Indian journal of veterinary science and animal husbandry - Volume 13,
Year: 1943
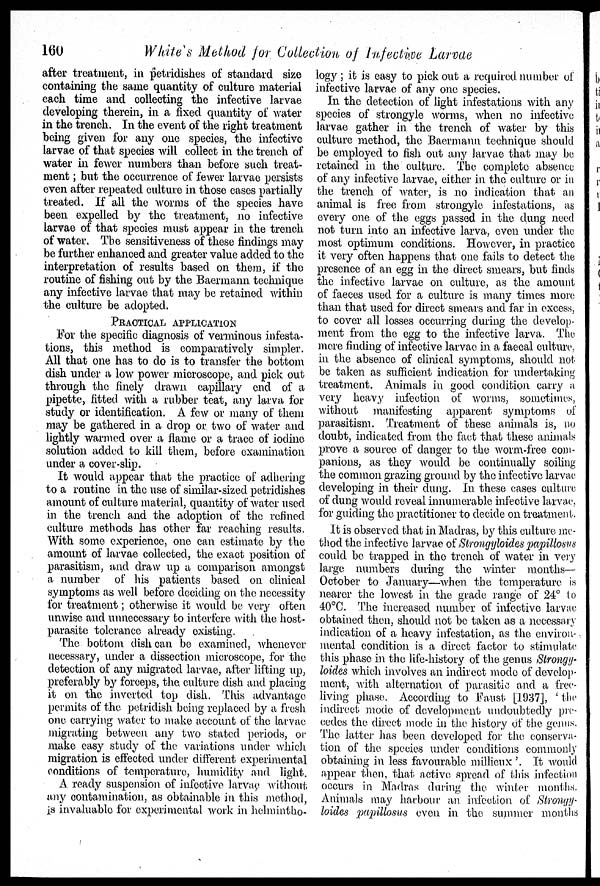
160
White's Method for Collection of Infective Larvae
after treatment, in petridishes of standard size
containing the same quantity of culture material
each time and collecting the infective larvae
developing therein, in a fixed quantity of water
in the trench. In the event of the right treatment
being given for any one species, the infective
larvae of that species will collect in the trench of
water in fewer numbers than before such treat-
ment ; but the occurrence of fewer larvae persists
even after repeated culture in those cases partially
treated. If all the worms of the species have
been expelled by the treatment, no infective
larvae of that species must appear in the trench
of water. The sensitiveness of these findings may
be further enhanced and greater value added to the
interpretation of results based on them, if the
routine of fishing out by the Baermann technique
any infective larvae that may be retained within
the culture be adopted.
PRACTICAL APPLICATION
For the specific diagnosis of verminous infesta-
tions, this method is comparatively simpler.
All that one has to do is to transfer the bottom
dish under a low power microscope, and pick out
through the finely drawn capillary end of a
pipette, fitted with a rubber teat, any larva for
study or identification. A few or many of them
may be gathered in a drop or two of water and
lightly warmed over a flame or a trace of iodine
solution added to kill them, before examination
under a cover-slip.
It would appear that the practice of adhering
to a routine in the use of similar-sized petridishes
amount of culture material, quantity of water used
in the trench and the adoption of the refined
culture methods has other far reaching results.
With some experience, one can estimate by the
amount of larvae collected, the exact position of
parasitism, and draw up a comparison amongst
a number of his patients based on clinical
symptoms as well before deciding on the necessity
for treatment ; otherwise it would be very often
unwise and unnecessary to interfere with the host-
parasite tolerance already existing.
The bottom dish can be examined, whenever
necessary, under a dissection microscope, for the
detection of any migrated larvae, after lifting up,
preferably by forceps, the culture dish and placing
it on the inverted top dish. This advantage
permits of the petridish being replaced by a fresh
one carrying water to make account of the larvae
migrating between any two stated periods, or
make easy study of the variations under which
migration is effected under different experimental
conditions of temperature, humidity and light.
A ready suspension of infective larvae without
any contamination, as obtainable in this method,
is invaluable for experimental work in helmintho-
logy ; it is easy to pick out a required number of
infective larvae of any one species.
In the detection of light infestations with any
species of strongyle worms, when no infective
larvae gather in the trench of water by this
culture method, the Baermann technique should
be employed to fish out any larvae that may be
retained in the culture. The complete absence
of any infective larvae, either in the culture or in
the trench of water, is no indication that an
animal is free from strongyle infestations, as
every one of the eggs passed in the dung need
not turn into an infective larva, even under the
most optimum conditions. However, in practice
it very often happens that one fails to detect the
presence of an egg in the direct smears, but finds
the infective larvae on culture, as the amount
of faeces used for a culture is many times more
than that used for direct smears and far in excess,
to cover all losses occurring during the develop-
ment from the egg to the infective larva. The
mere finding of infective larvae in a faecal culture,
in the absence of clinical symptoms, should not
be taken as sufficient indication for undertaking
treatment. Animals in good condition carry a
very heavy infection of worms, sometimes,
without manifesting apparent symptoms of
parasitism. Treatment of these animals is, no
doubt, indicated from the fact that these animals
prove a source of danger to the worm-free com-
panions, as they would be continually soiling
the common grazing ground by the infective larvae
developing in their dung. In these cases culture
of dung would reveal innumerable infective larvae,
for guiding the practitioner to decide on treatment.
It is observed that in Madras, by this culture me-
thod the infective larvae of Strongyloides papillosus
could be trapped in the trench of water in very
large numbers during the winter months-
October to January—when the temperature is
nearer the lowest in the grade range of 24° to
40°C. The increased number of infective larvae
obtained then, should not be taken as a necessary
indication of a heavy infestation, as the environ-
mental condition is a direct factor to stimulate
this phase in the life-history of the genus Strongy-
loides which involves an indirect mode of develop-
ment, with alternation of parasitic and a free-
living phase. According to Faust [1937], 'the
indirect mode of development undoubtedly pre-
cedes the direct mode in the history of the genus.
The latter has been developed for the conserva-
tion of the species under conditions commonly
obtaining in less favourable millieux'. It would
appear then, that active spread of this infection
occurs in Madras during the winter months.
Animals may harbour an infection of Strongy-
loides papillosus even in the summer months